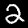
Label: 2